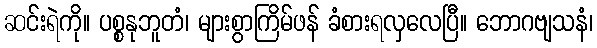
ဆင်းရဲကို။ ပစ္စနုဘူတံ၊ များစွာကြိမ်ဖန် ခံစားရလှလေပြီ။ ဘောဂဗျသနံ၊